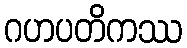
ဂဟပတိကဿ